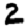
Digit: 2